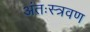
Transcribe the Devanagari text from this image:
अंतःस्त्रवण